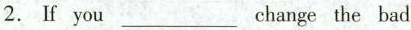
2.If you ___ change the bad